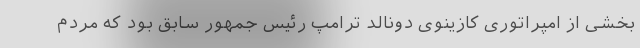
بخشی از امپراتوری کازینوی دونالد ترامپ رئیس جمهور سابق بود که مردم